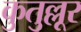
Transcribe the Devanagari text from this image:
कुतुल्लूर